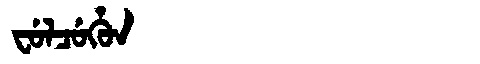
Manchu: ᠸᡠᠯᠴᡠᡥᡠᠨ
Romanization: FULCUHUN